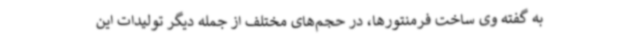
به گفته وی ساخت فرمنتورها، در حجم‌های مختلف از جمله دیگر تولیدات این